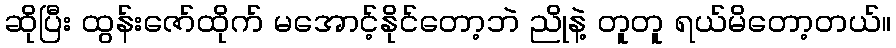
ဆိုပြီး ထွန်းဇော်ထိုက် မအောင့်နိုင်တော့ဘဲ ညိုနဲ့ တူတူ ရယ်မိတော့တယ်။